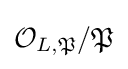
{\mathcal {O}}_{L,{\mathfrak {P}}}/{\mathfrak {P}}